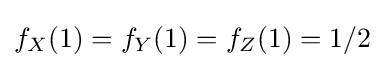
f_{X}(1)=f_{Y}(1)=f_{Z}(1)=1/2